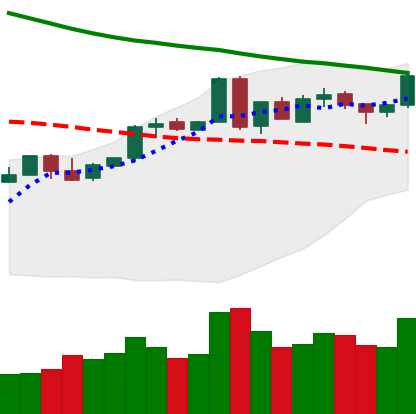
Ticker: BTC-USD
Chart end date: 2018-05-03
Forward return: -5.224%
Label: down_5_7